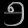
Digit: ၅